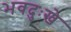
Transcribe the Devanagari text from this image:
भवदुःखे